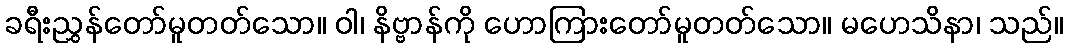
ခရီးညွှန်တော်မူတတ်သော။ ဝါ၊ နိဗ္ဗာန်ကို ဟောကြားတော်မူတတ်သော။ မဟေသိနာ၊ သည်။